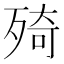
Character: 㱦